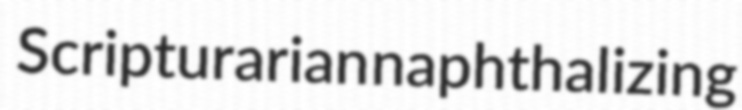
Scripturarian naphthalizing